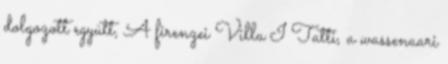
dolgozott együtt, A firenzei Villa I Tatti, a wassenaari